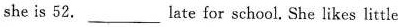
she is 52. ___ late for school. She likes little